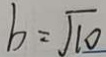
b = \sqrt { 1 0 }